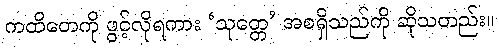
ကထိတေကို ဖွင့်လိုရကား ‘သုတ္တေ’ အစရှိသည်ကို ဆိုသတည်း။